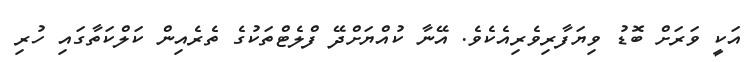
އަކީ ވަރަށް ބޮޑު ވިޔަފާރިވެރިއެކެވެ. އޭނާ ކުއްޔަށްދޭ ފްލެޓްތަކުގެ ތެރެއިން ކަލްކަތާގައި ހުރި